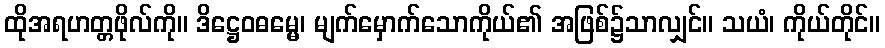
ထိုအရဟတ္တဖိုလ်ကို။ ဒိဋ္ဌေဝဓမ္မေ၊ မျက်မှောက်သောကိုယ်၏ အဖြစ်၌သာလျှင်။ သယံ၊ ကိုယ်တိုင်။